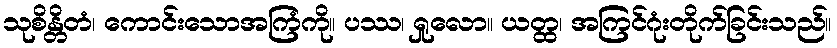
သုစိန္တိတံ၊ ကောင်းသောအကြံကို။ ပဿ၊ ရှုလော။ ယတ္ထ၊ အကြင်ဂုံးတိုက်ခြင်းသည်။